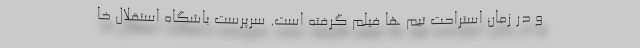
و در زمان استراحت تیم ها فیلم گرفته است. سرپرست باشگاه استقلال خا